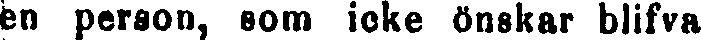
en person, som icke önskar blifva